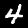
Digit: 4